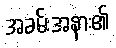
အခမ်းအနား၏